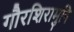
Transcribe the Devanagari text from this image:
गौरशिरामुनि